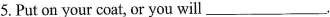
5.Put on coat, or you will___.